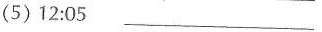
(5)12:05 ___